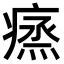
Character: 𤸲